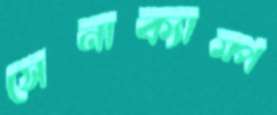
সেনাক্যাম্প